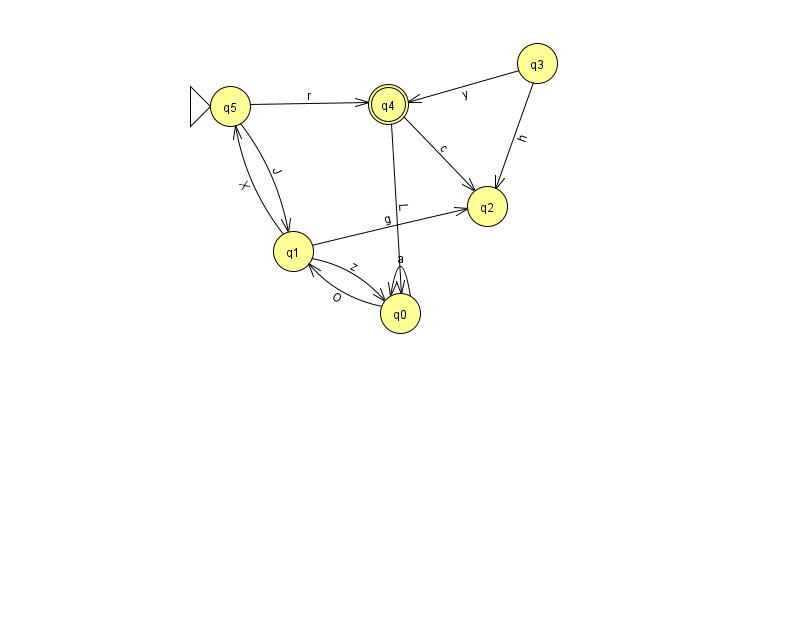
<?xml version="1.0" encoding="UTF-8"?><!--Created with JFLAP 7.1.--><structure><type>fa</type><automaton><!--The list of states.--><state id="0" name="q0"><x>400.0</x><y>300.0</y></state><state id="1" name="q1"><x>293.0</x><y>238.0</y></state><state id="2" name="q2"><x>487.0</x><y>193.0</y></state><state id="3" name="q3"><x>537.0</x><y>50.0</y></state><state id="4" name="q4"><x>388.0</x><y>91.0</y><final/></state><state id="5" name="q5"><x>230.0</x><y>93.0</y><initial/></state><!--The list of transitions.--><transition><from>0</from><to>0</to><read>a</read></transition><transition><from>4</from><to>2</to><read>c</read></transition><transition><from>4</from><to>0</to><read>L</read></transition><transition><from>1</from><to>5</to><read>X</read></transition><transition><from>3</from><to>2</to><read>h</read></transition><transition><from>3</from><to>4</to><read>y</read></transition><transition><from>5</from><to>4</to><read>r</read></transition><transition><from>1</from><to>0</to><read>z</read></transition><transition><from>5</from><to>1</to><read>J</read></transition><transition><from>1</from><to>2</to><read>g</read></transition><transition><from>0</from><to>1</to><read>O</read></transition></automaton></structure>